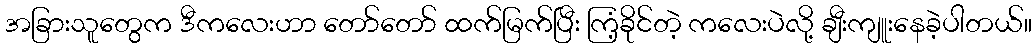
အခြားသူတွေက ဒီကလေးဟာ တော်တော် ထက်မြက်ပြီး ကြံ့ခိုင်တဲ့ ကလေးပဲလို့ ချီးကျူးနေခဲ့ပါတယ်။